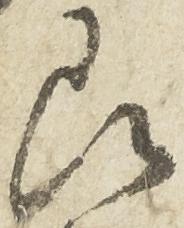
即